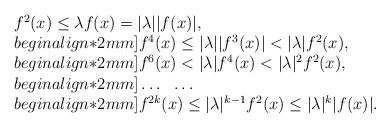
LaTeX: \begin{align*}\begin{array}{lllll}f^2(x)\leq \lambda f(x)=|\lambda||f(x)|,\\begin{align*}2mm]f^4(x)\leq |\lambda||f^3(x)|<|\lambda|f^2(x),\\begin{align*}2mm]f^6(x)<|\lambda|f^4(x)<|\lambda|^2f^2(x),\\begin{align*}2mm]\dots\ \ \dots\\begin{align*}2mm]f^{2k}(x)\leq |\lambda|^{k-1}f^2(x)\leq |\lambda|^k|f(x)|.\end{array}\end{align*}